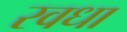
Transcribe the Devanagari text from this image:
रवधा